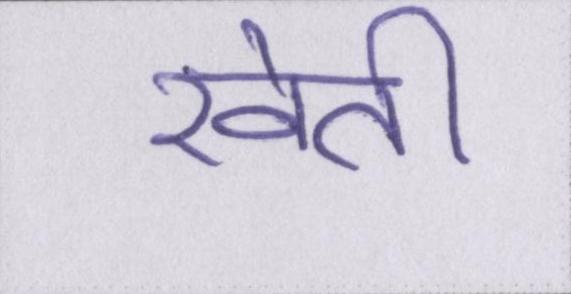
खेती